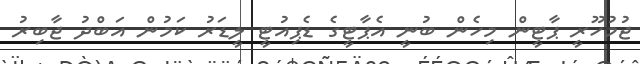
ޖުމުހޫރީ ޕާޓީން މިހެން ބުނީ އެޕާޓީގެ ޑެޕިއުޓީ ލީޑަރު ކަމުން އަބްދު ޖާބިރު